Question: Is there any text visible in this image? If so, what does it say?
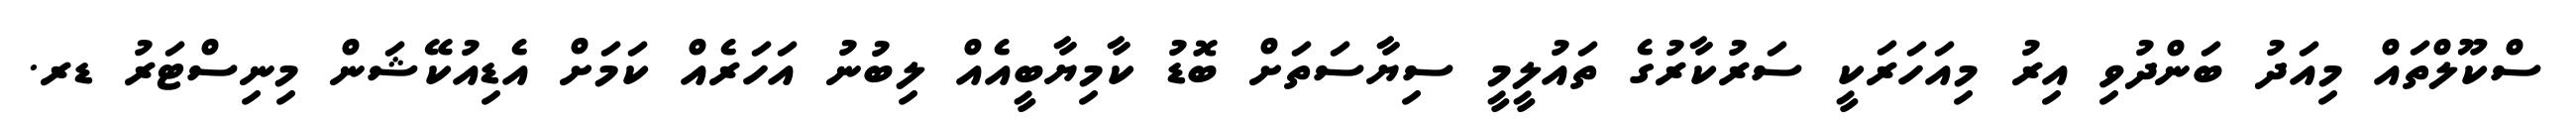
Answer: ސްކޫލްތައް މިއަދު ބަންދުވި އިރު މިއަހަރަކީ ސަރުކާރުގެ ތައުލީމީ ސިޔާސަތަށް ބޮޑު ކާމިޔާބީއެއް ލިބުނު އަހަރެއް ކަމަށް އެޑިއުކޭޝަން މިނިސްޓަރު ޑރ.